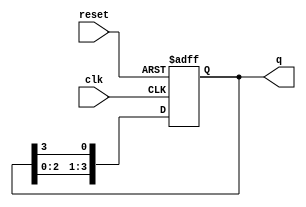
module ring_counter (
    input wire clk,          // Clock signal
    input wire reset,        // Asynchronous reset signal
    output reg [n-1:0] q     // Output state of the counter
);
    parameter n = 4;         // Number of flip-flops (adjust as needed)

    // Initial state
    initial begin
        q = 1'b1;            // Initialize the counter to 000...001
    end

    // Sequential logic for the ring counter
    always @(posedge clk or posedge reset) begin
        if (reset) begin
            q <= 1'b1;       // Reset the counter to 000...001
        end else begin
            q <= {q[n-2:0], q[n-1]}; // Shift left and wrap around
        end
    end
endmodule